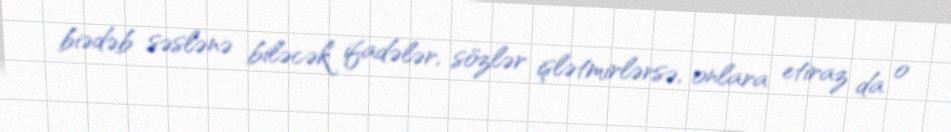
biədəb səslənə biləcək ifadələr, sözlər işlətmirlərsə, onlara etiraz da o